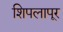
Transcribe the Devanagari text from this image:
शिपलापूर